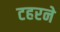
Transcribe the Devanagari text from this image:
टहरने